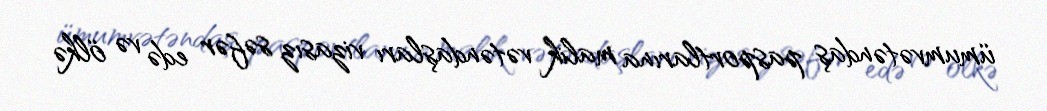
ümumvətəndaş pasportlarına malik vətəndaşları vizasız səfər edə və ölkə